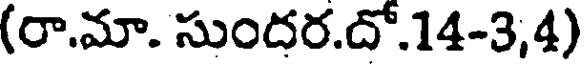
(రా.మా. సుందర.దో.14-3,4)